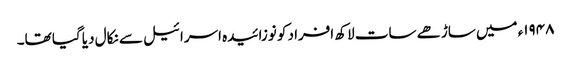
۱۹۴۸ء میں ساڑھے سات لاکھ افراد کو نوزائیدہ اسرائیل سے نکال دیا گیا تھا۔